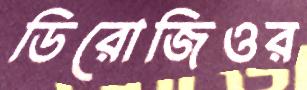
ডিরোজিওর